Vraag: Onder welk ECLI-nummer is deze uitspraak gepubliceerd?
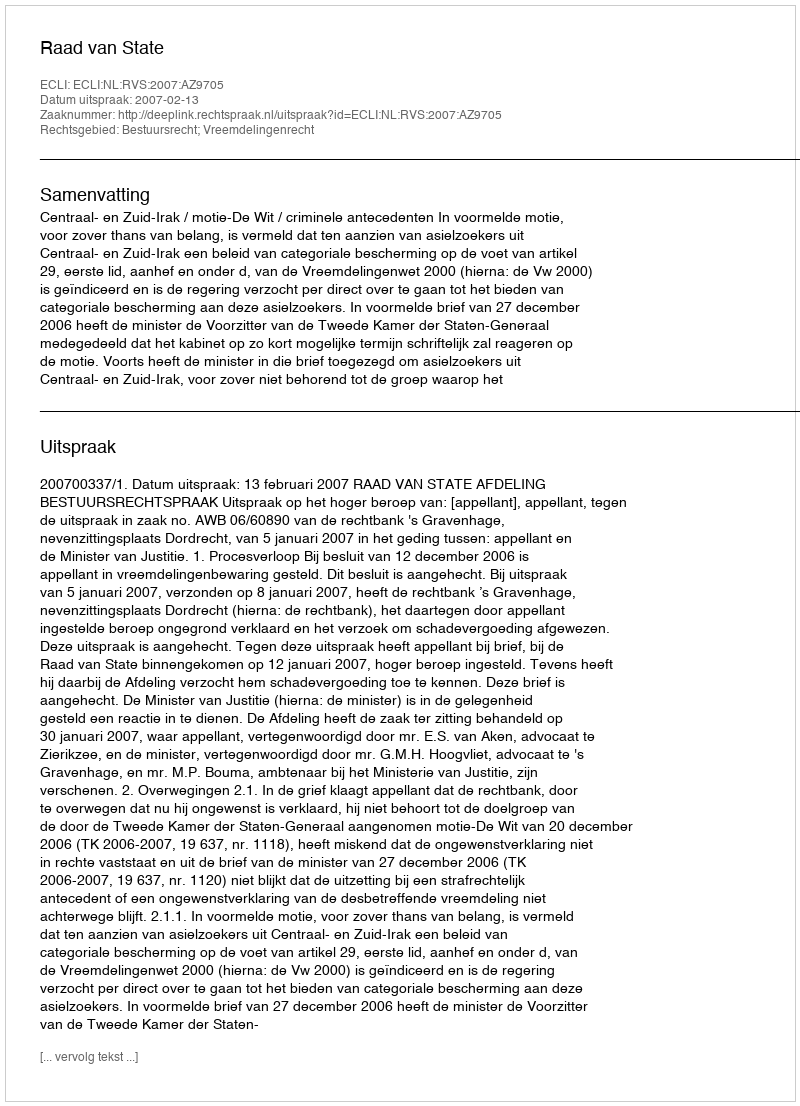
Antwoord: ECLI:NL:RVS:2007:AZ9705